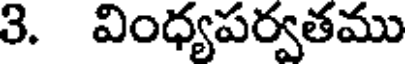
3. వింధ్యపర్వతము